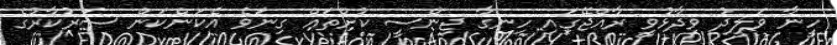
ހީނާ ވަލީދު ވިދާޅުވީ ރާއްޖޭގައި ހިނގާ ޖިންސީ ކުށްތައް ގިނަވެ އެކަންކަން ސަރުކާރުގެ